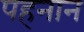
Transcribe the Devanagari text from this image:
पहनान